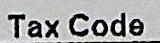
TAX CODE